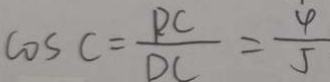
\cos C = \frac { P C } { D C } = \frac { 4 } { 5 }